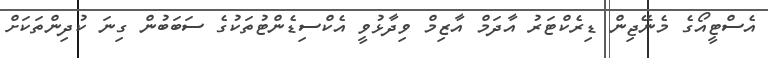
އެސްޓީއޯގެ މެނޭޖިން ޑިރެކްޓަރު އާދަމް އާޒިމް ވިދާޅުވީ އެކްސިޑެންޓުތަކުގެ ސަބަބުން ގިނަ ކުދިންތަކަށް